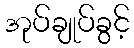
အုပ်ချုပ်ခွင့်